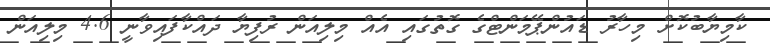
ކާމިޔާބުކޮށް މިހާރު ޑައުންޕޭމަންޓްގެ ގޮތުގައި އެއް މިލިއަން ރުފިޔާ ދައްކާފައިވާނީ 4.6 މިލިއަން